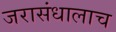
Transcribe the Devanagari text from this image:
जरासंधालाच